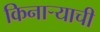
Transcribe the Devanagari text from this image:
किनार्‍याची